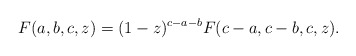
\begin{align*}F(a,b,c,z)=(1-z)^{c-a-b}F(c-a,c-b,c,z). \end{align*}